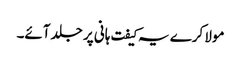
مولا کرے یہ کیفت ہانی پر جلد آئے۔